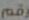
رقم